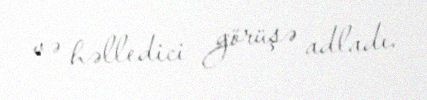
və həlledici görüşə adladı.